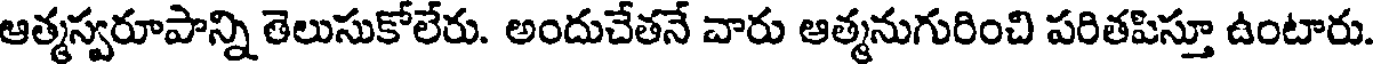
ఆత్మస్వరూపాన్ని తెలుసుకోలేరు. అందుచేతనే వారు ఆత్మనుగురించి పరితపిస్తూ ఉంటారు.